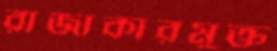
রাজাকারমুক্ত